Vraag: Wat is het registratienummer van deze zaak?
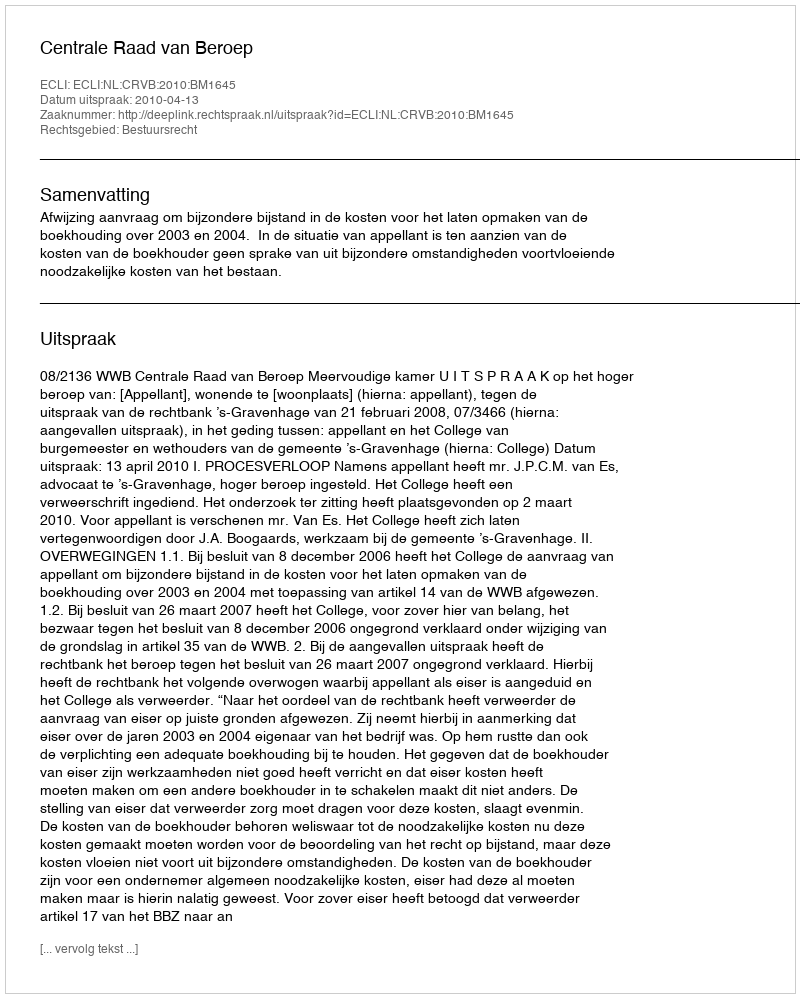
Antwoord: http://deeplink.rechtspraak.nl/uitspraak?id=ECLI:NL:CRVB:2010:BM1645